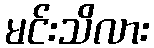
မင်းသိလား